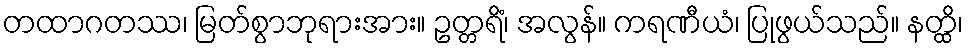
တထာဂတဿ၊ မြတ်စွာဘုရားအား။ ဥတ္တရိံ၊ အလွန်။ ကရဏီယံ၊ ပြုဖွယ်သည်။ နတ္ထိ၊